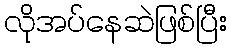
လိုအပ်နေဆဲဖြစ်ပြီး